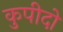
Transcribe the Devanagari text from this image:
कुपीदो